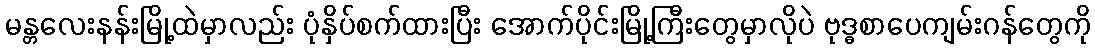
မန္တလေးနန်းမြို့ထဲမှာလည်း ပုံနှိပ်စက်ထားပြီး အောက်ပိုင်းမြို့ကြီးတွေမှာလိုပဲ ဗုဒ္ဓစာပေကျမ်းဂန်တွေကို